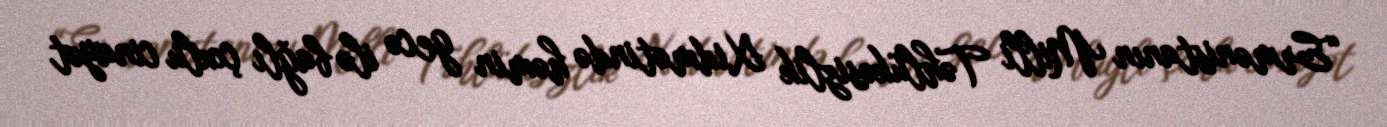
“Ermənistanın Milli Təhlükəsizlik Xidmətində həmin gecə ilə bağlı çoxlu cinayət